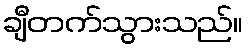
ချီတက်သွားသည်။